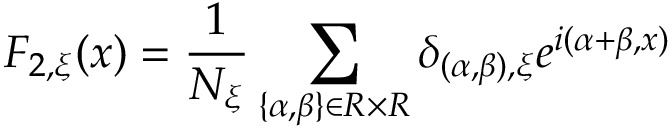
F _ { 2 , \xi } ( x ) = \frac { 1 } { N _ { \xi } } \sum _ { \{ \alpha , \beta \} \in R \times R } \delta _ { ( \alpha , \beta ) , \xi } e ^ { i ( \alpha + \beta , x ) }